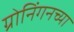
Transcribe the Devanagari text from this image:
ग्रोनिंगनच्या